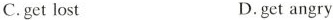
C.get lost D.get angry